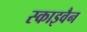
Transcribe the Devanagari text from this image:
स्काइवैन